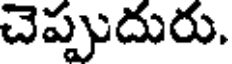
చెప్పుదురు.